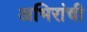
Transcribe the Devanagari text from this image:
अभिरांची